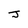
Character: J